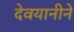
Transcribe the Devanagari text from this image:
देवयानीने